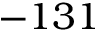
- 1 3 1